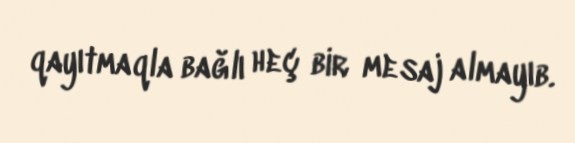
qayıtmaqla bağlı heç bir mesaj almayıb.